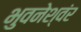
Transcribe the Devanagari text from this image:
भुवनेश्वंर